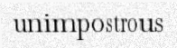
unimpostrous